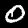
Digit: 0